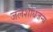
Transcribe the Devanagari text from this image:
जलशोधजन्य